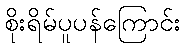
စိုးရိမ်ပူပန်ကြောင်း